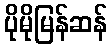
ပိုမိုမြန်ဆန်